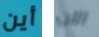
أين الآن